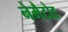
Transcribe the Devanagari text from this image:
नेमैटोड